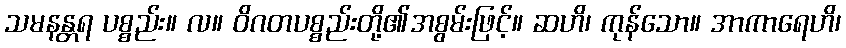
သမနန္တရ ပစ္စည်း။ လ။ ဝိဂတပစ္စည်းတို့၏အစွမ်းဖြင့်။ ဆဟိ၊ ကုန်သော။ အာကာရေဟိ၊